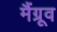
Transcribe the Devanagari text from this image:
मैंग्रूव